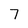
Character: 7